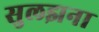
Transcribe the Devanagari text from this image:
सुलझना